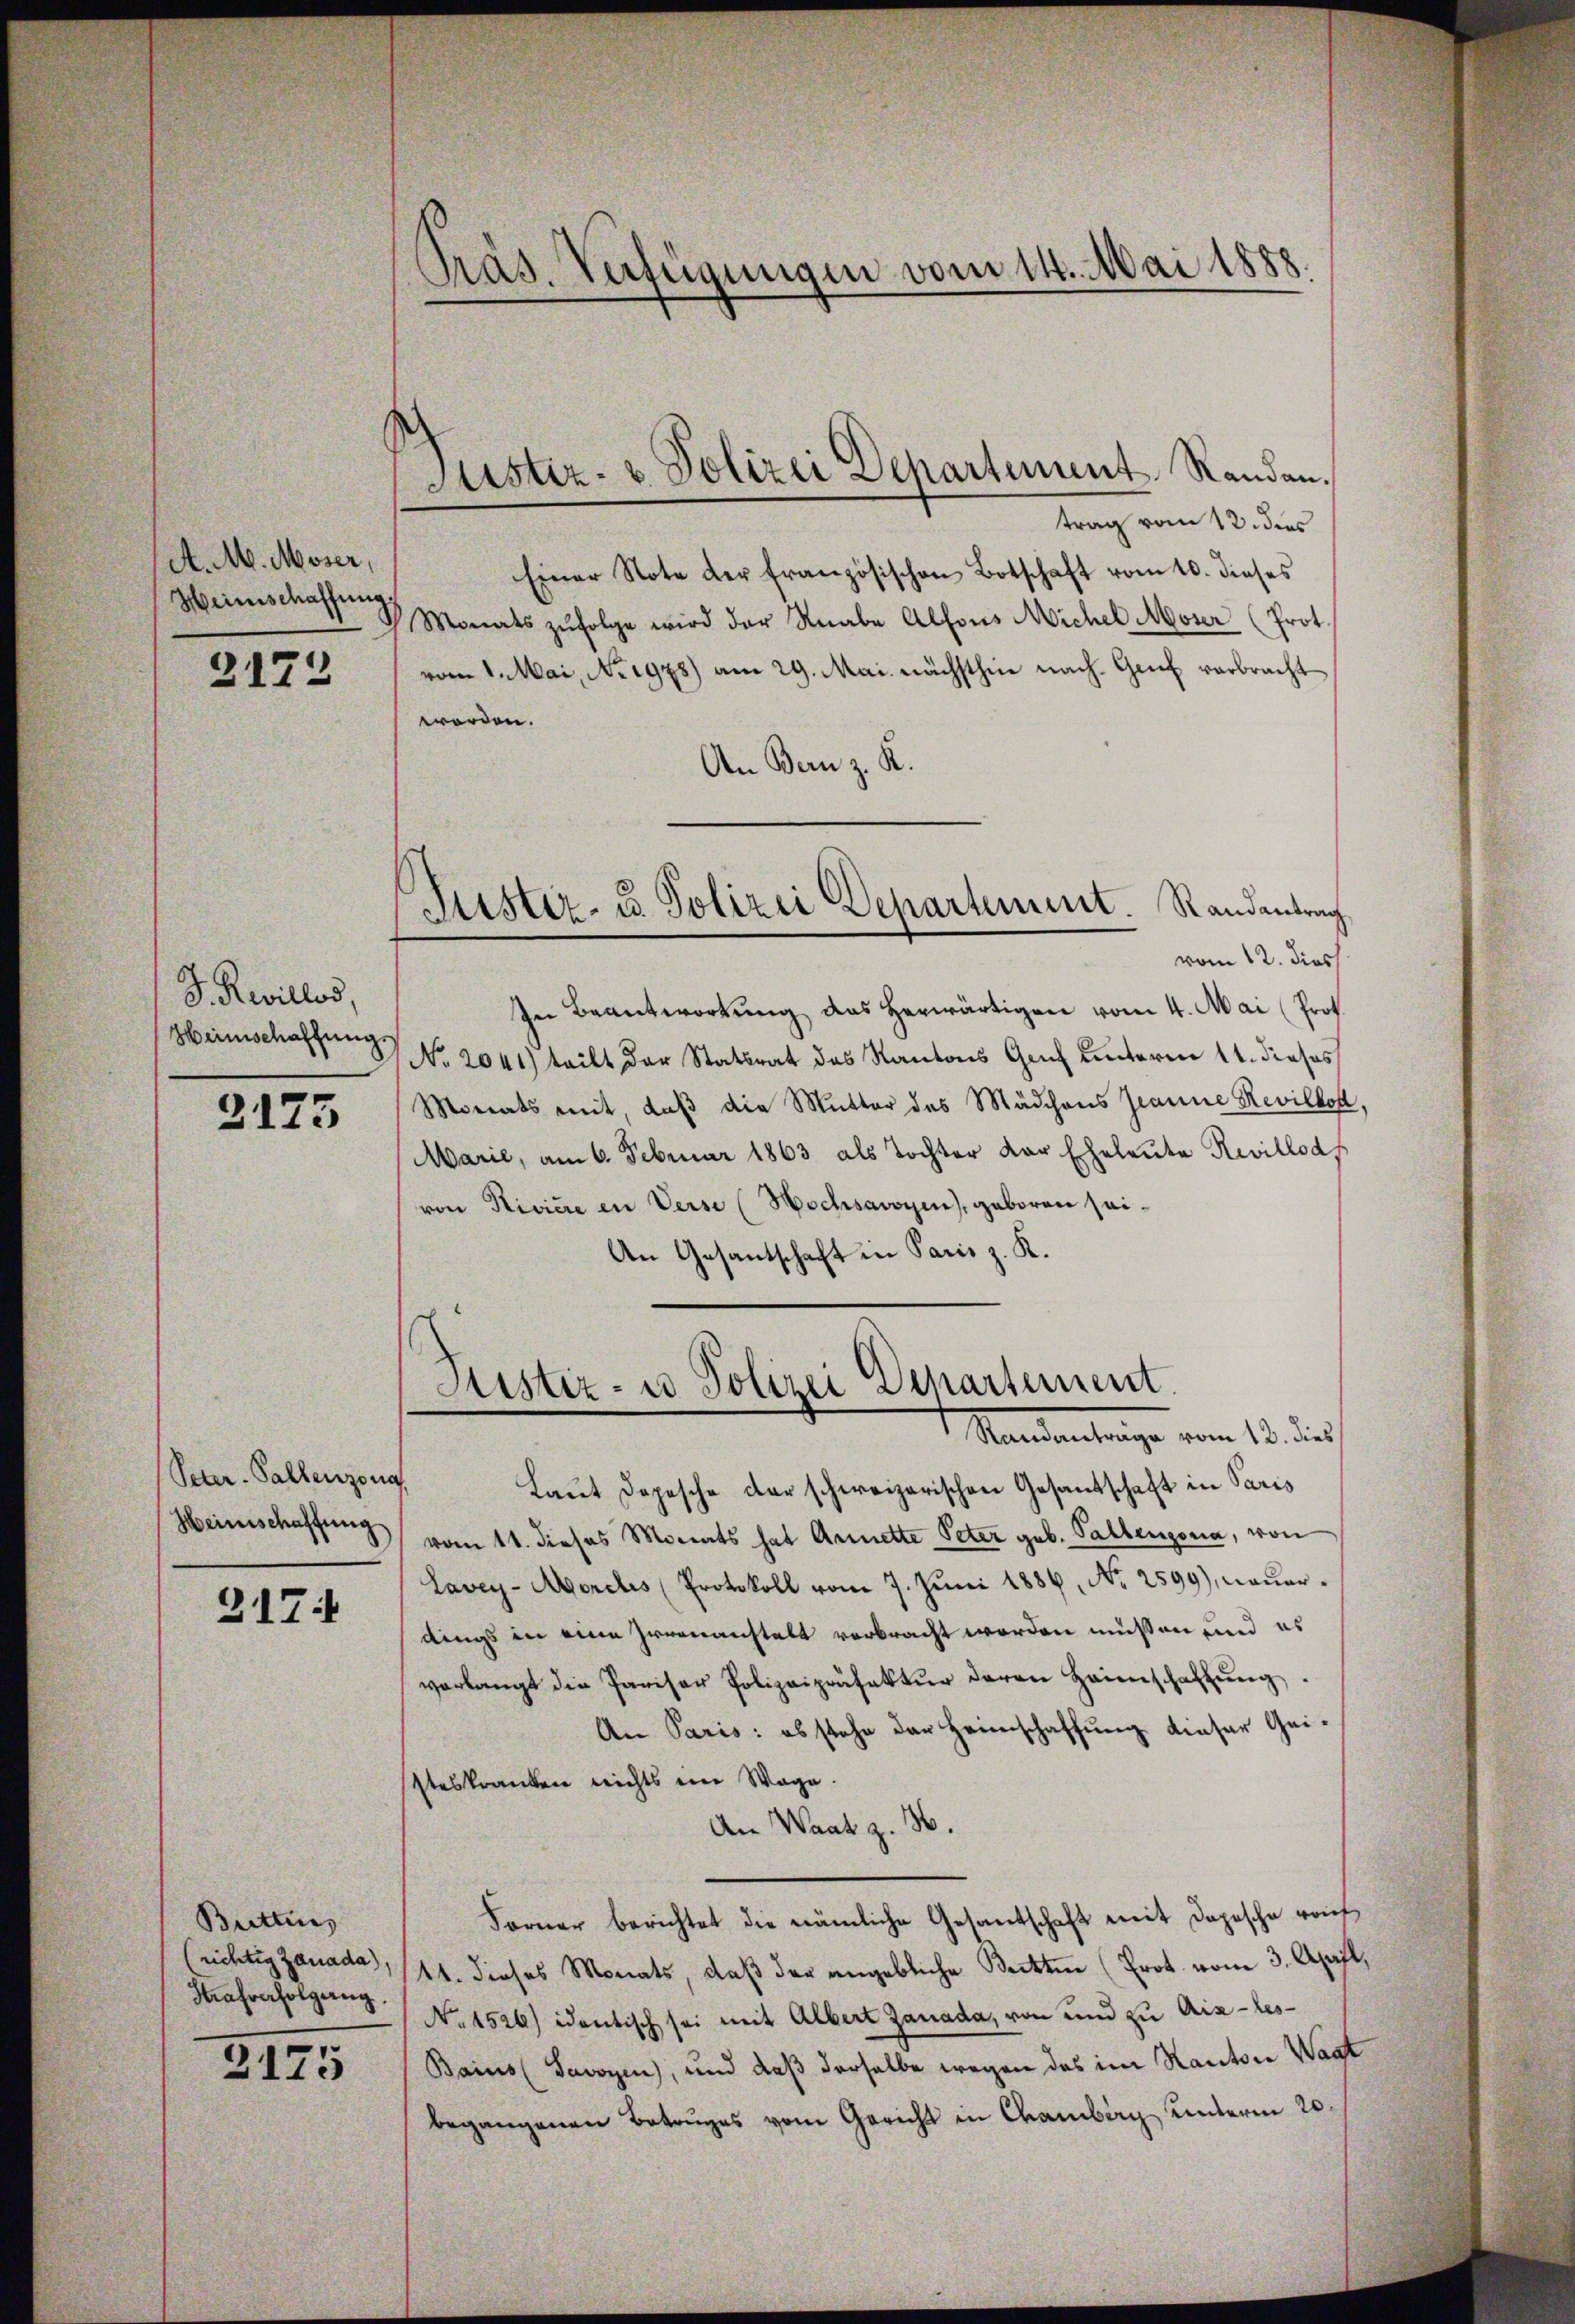
A. M. Moser,
Heinschaffung.

2172

J. Revillos,
Heimschaffung.

3175

Peter-Pallenzona
Heimschaffung

317.

Buttin
richtig zauada),
Strafverfolgung.

2175

Präs. Verfügungen vom 14. Mai 1888.

Justiz- & Polizei Departement Randen,

trag vom 12. dies
Einer Note der französischen Botschaft vom 10. dieses
Monats zŭfolge wird der Knabe Alfons Michel Moser (Prot.
vom 1. Mai, No 1978) am 29. Mai nächsthin nach Genf verbracht
worden.
An Bern z. R.
Justiz- u. Polizei Departement. Randantrag
vom 12. dies
In Beantwortung das herwärtigen vom 4. Mai (Prof.
No. 2041) teilt der Statsrat des Kantons Gruf unterm 11. dieses
Monats mit, daß die Mutter des Mädchens Jeanne Revillot
MMarie, am 6. Februar 1863 als Tochter der Eheleute Revillod
von Riviere in Verse (Hochsavoyen, geboren sei¬
An Gesandtschaft in Paris z. R.

Justiz- u Polizei Departement.

Standentrage von 15. der
Laut Depesche der schweizerischen Gesandschaft in Paris
vom 11. dieses Monats hat Annette Peter geb. Pallengona, von
Lavey-Morels (Protokoll vom 7. Juni 1886, No 2599), neuerdings in eine Irrenanstalt verbracht worden müssen und es
verlangt die Pariser Polizeipräfektur deren Heimschaftung.
An Paris: abstehe der Heimschaffung dieser Geisteskranken nichts im Wage.
An Waatz. 36.
Forner berichtet die nämliche Gesandtschaft mit Depesche rauf
11. dieses Monats, daβ der angebliche Beiten (Prot. vom 3. April,
No. 1526) identisch sei mit Albert Zanada, von und zu Aix-les-
Bains (Savoyen, und daß derselbe wegen des im Kanton Wagt
begangenen Betruges vom Gericht in Chamberg unterm 20.